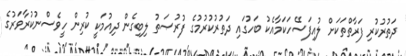
ދަތުރުކުރި ފަރާތްތަކަށް ލުއިފަސޭހަކަމާއެކު ބަހުގައި ދަތުރުކުރުމުގެ ފުރުޞަތު ލިބިގެން ދިއުމަކީ ކުރިން ހީވެސްނުކުރާވަރުގެ